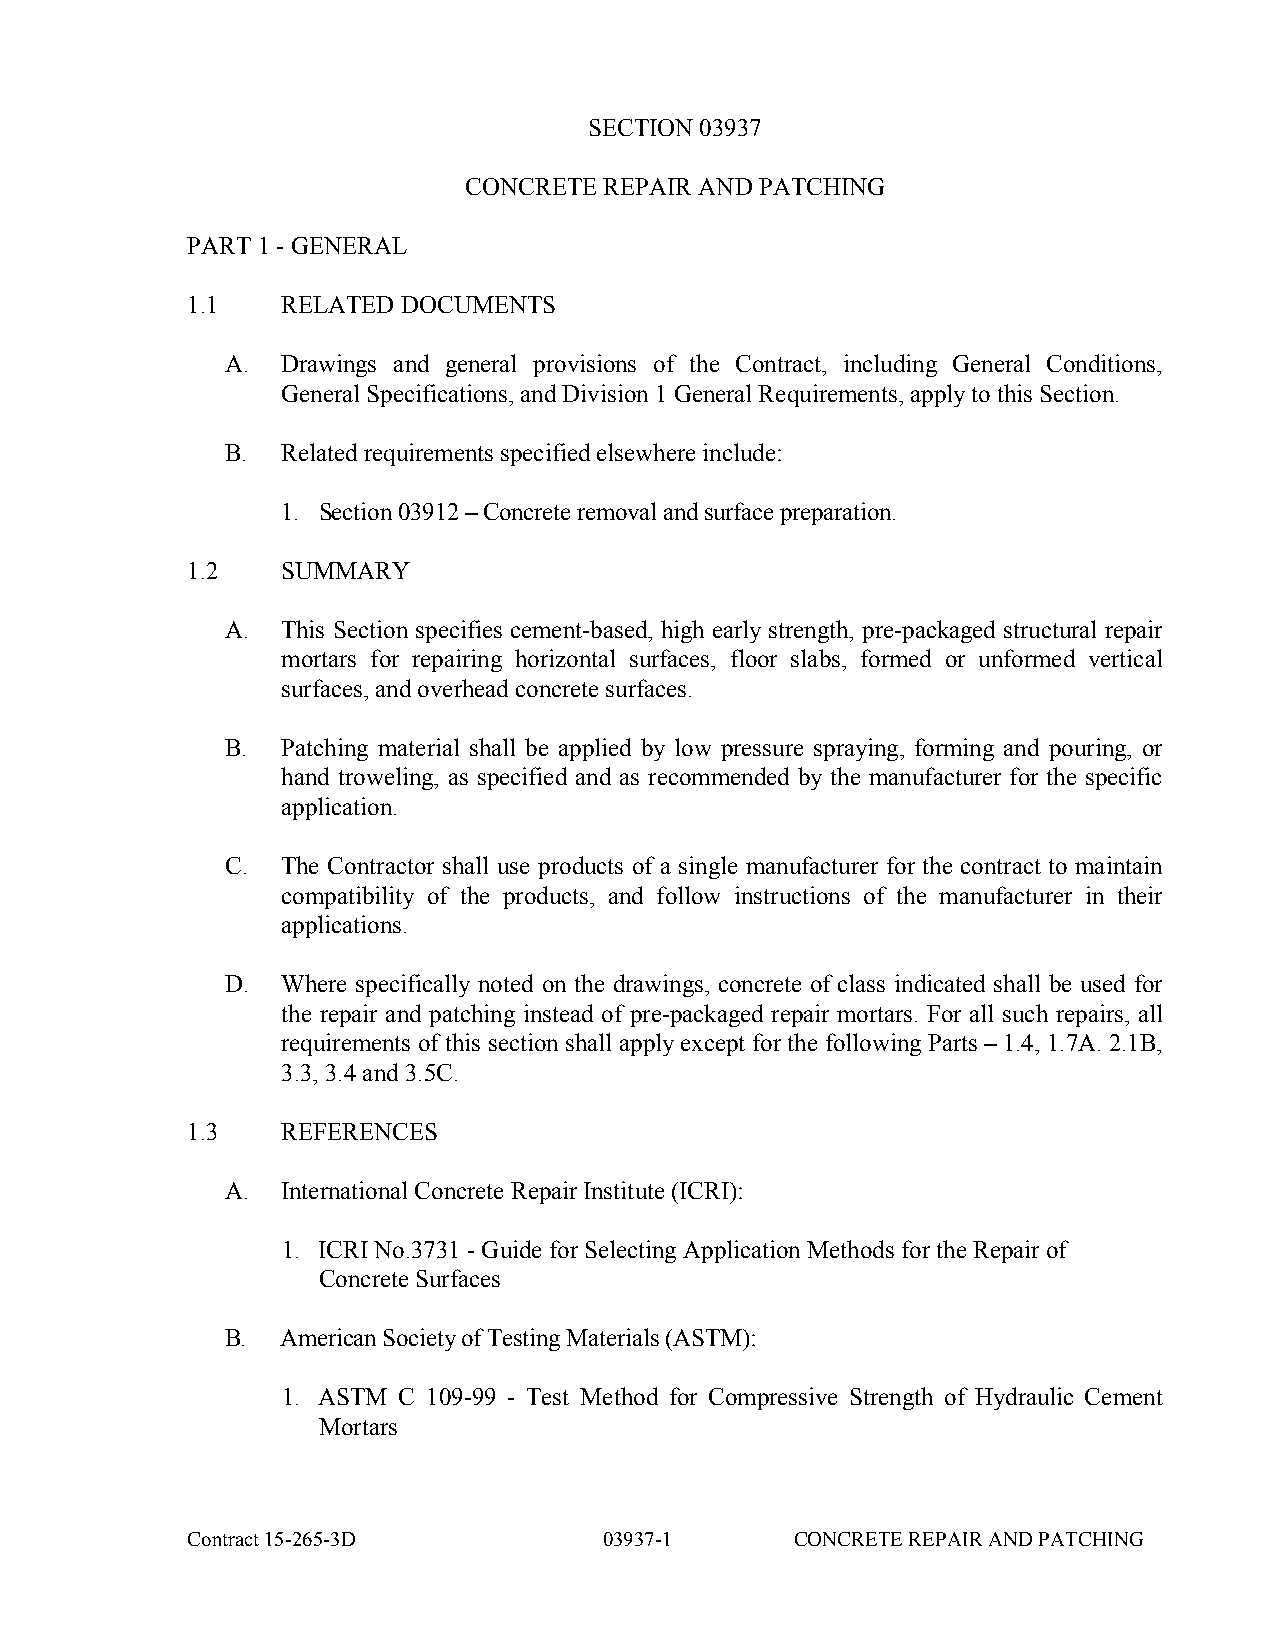
SECTION 03937
 CONCRETE REPAIR AND PATCHING
 PART 1 - GENERAL
 1.1    RELATED DOCUMENTS
 A.  Drawings and general provisions of the Contract, including General Conditions,
 General Specifications, and Division 1 General Requirements, apply to this Section.
 B.  Related requirements specified elsewhere include:
 1. Section 03912 – Concrete removal and surface preparation.
 1.2    SUMMARY
 A.  This Section specifies cement-based, high early strength, pre-packaged structural repair
 mortars for repairing horizontal surfaces, floor slabs, formed or unformed vertical
 surfaces, and overhead concrete surfaces.
 B.  Patching material shall be applied by low pressure spraying, forming and pouring, or
 hand troweling, as specified and as recommended by the manufacturer for the specific
 application.
 C.  The Contractor shall use products of a single manufacturer for the contract to maintain
 compatibility of the products, and follow instructions of the manufacturer in their
 applications.
 D.  Where specifically noted on the drawings, concrete of class indicated shall be used for
 the repair and patching instead of pre-packaged repair mortars. For all such repairs, all
 requirements of this section shall apply except for the following Parts – 1.4, 1.7A. 2.1B,
 3.3, 3.4 and 3.5C.
 1.3    REFERENCES
 A.  International Concrete Repair Institute (ICRI):
 1. ICRI No.3731 - Guide for Selecting Application Methods for the Repair of
 Concrete Surfaces
 B.  American Society of Testing Materials (ASTM):
 1. ASTM C 109-99 - Test Method for Compressive Strength of Hydraulic Cement
 Mortars
 Contract 15-265-3D          03937-1      CONCRETE REPAIR AND PATCHING